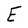
Character: E